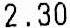
2.30